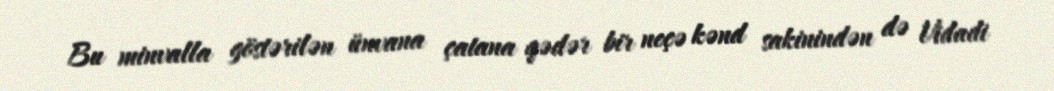
Bu minvalla göstərilən ünvana çatana qədər bir neçə kənd sakinindən də Vidadi